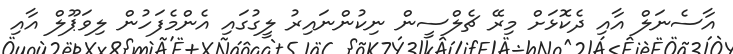
އާސެނަލް އާއި ދެކޮޅަށް މިރޭ ޗެލްސީން ނިކުންނައިރު ލީގުގައި އެންމެފަހުން ލިވަޕޫލް އާއި